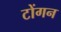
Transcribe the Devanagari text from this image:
टोंगन